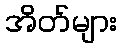
အိတ်များ